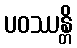
ပဝဿန္တိ